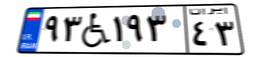
۵۷W۸۶۳۴۷